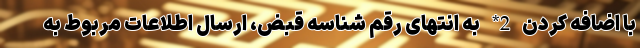
با اضافه کردن 2* به انتهای رقم شناسه قبض، ارسال اطلاعات مربوط به